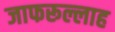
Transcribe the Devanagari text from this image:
जाफरूल्लाह